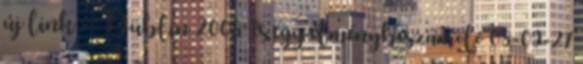
új link - 'Dublin 2008' és egy élménybeszámoló 08-09-27